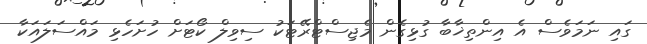
ގައި ނަމަވެސް އެ އިންތިޚާބާ ގުޅިގެން މެޖިސްޓްރޭޓަކު ސިވިލް ކޯޓަށް ހުށަހެޅި މައްސަލައަކާ